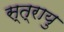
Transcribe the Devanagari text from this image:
स्त्रायु